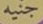
جنيه